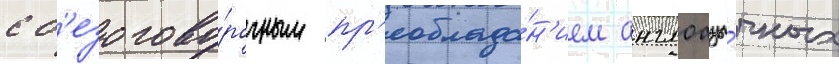
с б'езогово́рочным пр'еоблада́н'ием англоазы́чных